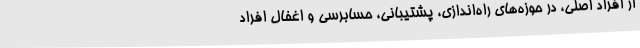
از افراد اصلی، در حوزه‌های راه‌اندازی، پشتیبانی، حسابرسی و اغفال افراد